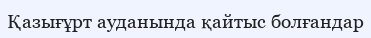
Қазығұрт ауданында қайтыс болғандар